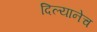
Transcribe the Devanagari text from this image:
दिल्यानेच